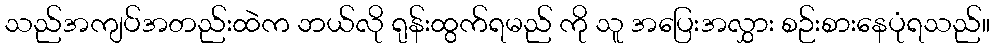
သည်အကျပ်အတည်းထဲက ဘယ်လို ရုန်းထွက်ရမည် ကို သူ အပြေးအလွှား စဉ်းစားနေပုံရသည်။